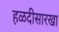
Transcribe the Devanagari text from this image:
हळदीसारखा